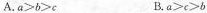
A.$$a ≥ b ≥ c$$ B.$$a > c ≥ b$$